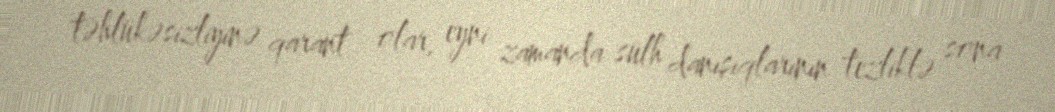
təhlükəsizliyinə qarant olar, eyni zamanda sülh danışıqlarının tezliklə sona